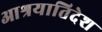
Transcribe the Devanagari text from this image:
आश्रयातिदेश